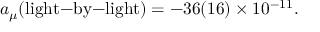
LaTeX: a _ { \mu } ( \mathrm { l i g h t \mathrm { - } b y \mathrm { - } l i g h t } ) = - 3 6 ( 1 6 ) \times 1 0 ^ { - 1 1 } .